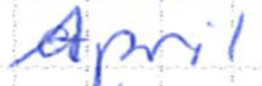
Text: April
Cross-out: clean
Writing tool: ballpoint